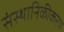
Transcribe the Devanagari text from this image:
संस्थानिकीकरण